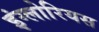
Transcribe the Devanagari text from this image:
इंग्लोरियस